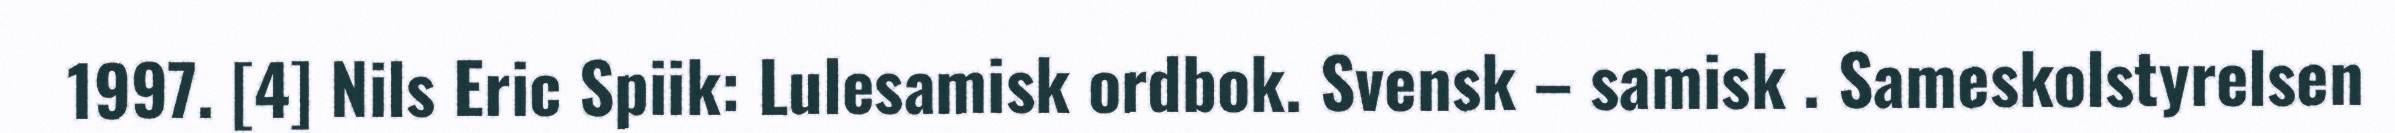
1997. [4] Nils Eric Spiik: Lulesamisk ordbok. Svensk – samisk . Sameskolstyrelsen